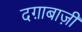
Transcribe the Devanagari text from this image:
दग़ाबाज़ी